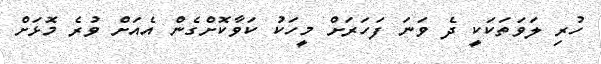
ހުރި ލަވަތަކަކީ ދެ ވަނަ ފަހަރަށް މީހަކު ކަވާކޮށްގެން އެއަށް ވުރެ މޮޅަށް